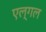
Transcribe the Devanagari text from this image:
एल्गल